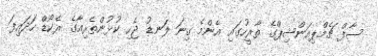
ސާފް ޗެމްޕިއަންޝިޕްގެ ތާރީހުގައި އެންމެ ގިނަ ލަނޑު ޖެހި ކުޅުންތެރިއާގެ ރެކޯޑް ހަދައިފަ